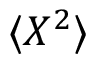
\langle X ^ { 2 } \rangle